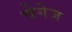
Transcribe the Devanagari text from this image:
चेगेज